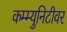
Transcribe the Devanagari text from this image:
कम्म्युनिटीवर